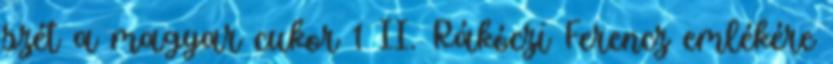
szét a magyar cukor 1 II. Rákóczi Ferencz emlékére